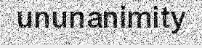
ununanimity